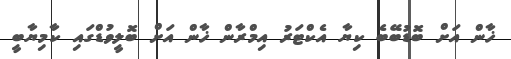
ޚާން އަށް ބޮޑުބޭބެ ކިޔާ އެކްޓަރު އިމްރާން ޚާން އަށް ބޮލީވުޑްގައި ކާމިޔާބީ